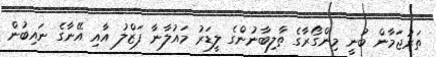
ތަރުޖަމާން ބުނީ މިންގޯރާގެ ތާލިބާނުންގެ ލީޑަރު މައުލާނާ ފަޒްލު އާއި އޭނާގެ ނައިބުން